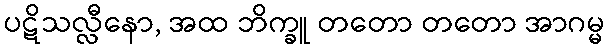
ပဋိသလ္လီနော, အထ ဘိက္ခူ တတော တတော အာဂမ္မ